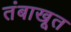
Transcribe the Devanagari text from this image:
तंबाखूत